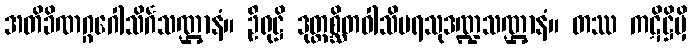
အတိခိဏဂ္ဂဂေါသိင်္ဂသဏ္ဌာနံ။ ဦရုဋ္ဌိ ဒုတ္တစ္ဆိတဝါသိပရသုဒဏ္ဍသဏ္ဌာနံ။ တဿ ကဋိဋ္ဌိမှိ